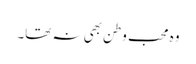
وہ محب وطن بھی نہ تھا۔